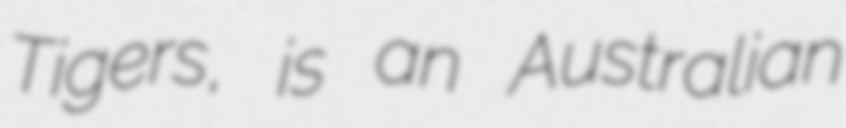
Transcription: Tigers, is an Australian